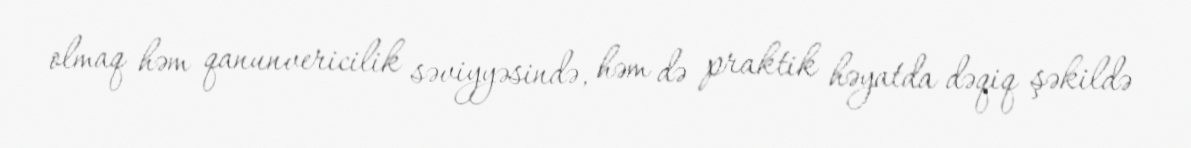
olmaq həm qanunvericilik səviyyəsində, həm də praktik həyatda dəqiq şəkildə